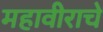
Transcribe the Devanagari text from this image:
महावीराचे